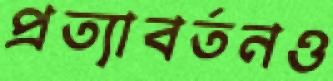
প্রত্যাবর্তনও